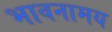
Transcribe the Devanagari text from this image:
भावनामय